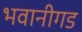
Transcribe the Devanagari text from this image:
भवानीगड